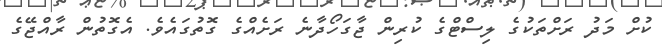
ކުށް މަދު ރަށްތަކުގެ ލިސްޓްގެ ކުރިން ޖާގަހޯދާނެ ރަށެއްގެ ގޮތުގައެވެ. އެގޮތުން ރާއްޖޭގެ